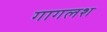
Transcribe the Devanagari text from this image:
गागलश